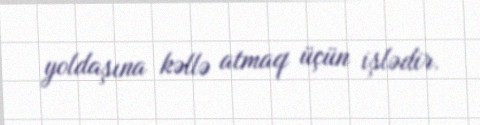
yoldaşına kəllə atmaq üçün işlədir.